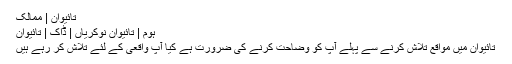
تائیوان | ممالک
ہوم | تائیوان نوکریاں | ڈاک | تائیوان
تائیوان میں مواقع تلاش کرنے سے پہلے آپ کو وضاحت کرنے کی ضرورت ہے کیا آپ واقعی کے لئے تلاش کر رہے ہیں